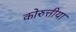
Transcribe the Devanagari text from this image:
कोरुत्तीया